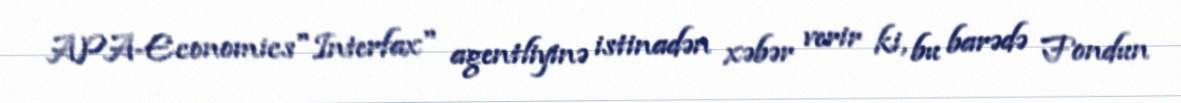
APA-Economics"Interfax" agentliyinə istinadən xəbər verir ki, bu barədə Fondun